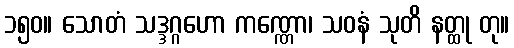
၁၅၀။ သောတံ သဒ္ဒဂ္ဂဟော ကဏ္ဏော၊ သဝနံ သုတိ နတ္ထု တု။